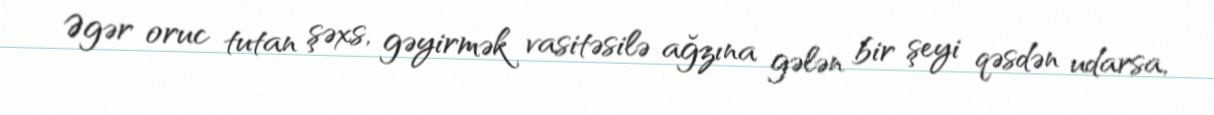
Əgər oruc tutan şəxs, gəyirmək vasitəsilə ağzına gələn bir şeyi qəsdən udarsa,